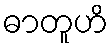
ဓာတူဟိ